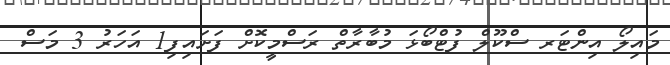
މައިލޯ އިންޓަރ ސްކޫލް ފުޓްބޯޅަ މުބާރާތް ރަސްމީކޮށް ފަށައިފި1 އަހަރު 3 މަސް